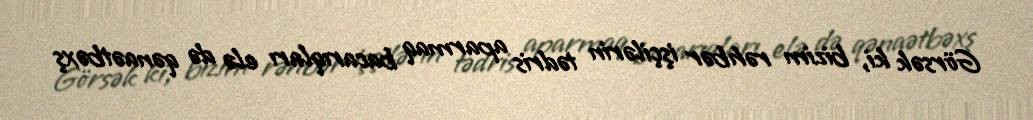
Görsək ki, bizim rəhbər işçilərin tədris aparmaq bacarıqları elə də qənaətbəxş